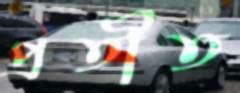
প্রতীত